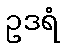
ဥဒရံ